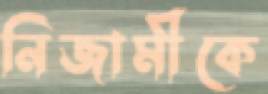
নিজামীকে